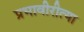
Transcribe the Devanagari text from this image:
प्रभावीरीत्या